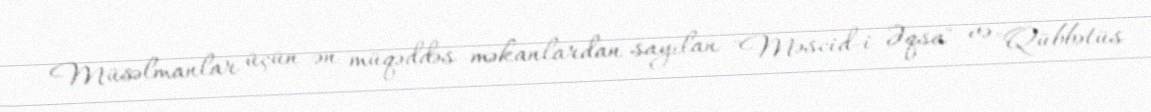
Müsəlmanlar üçün ən müqəddəs məkanlardan sayılan "Məscid-i Əqsa" və "Qübbətüs